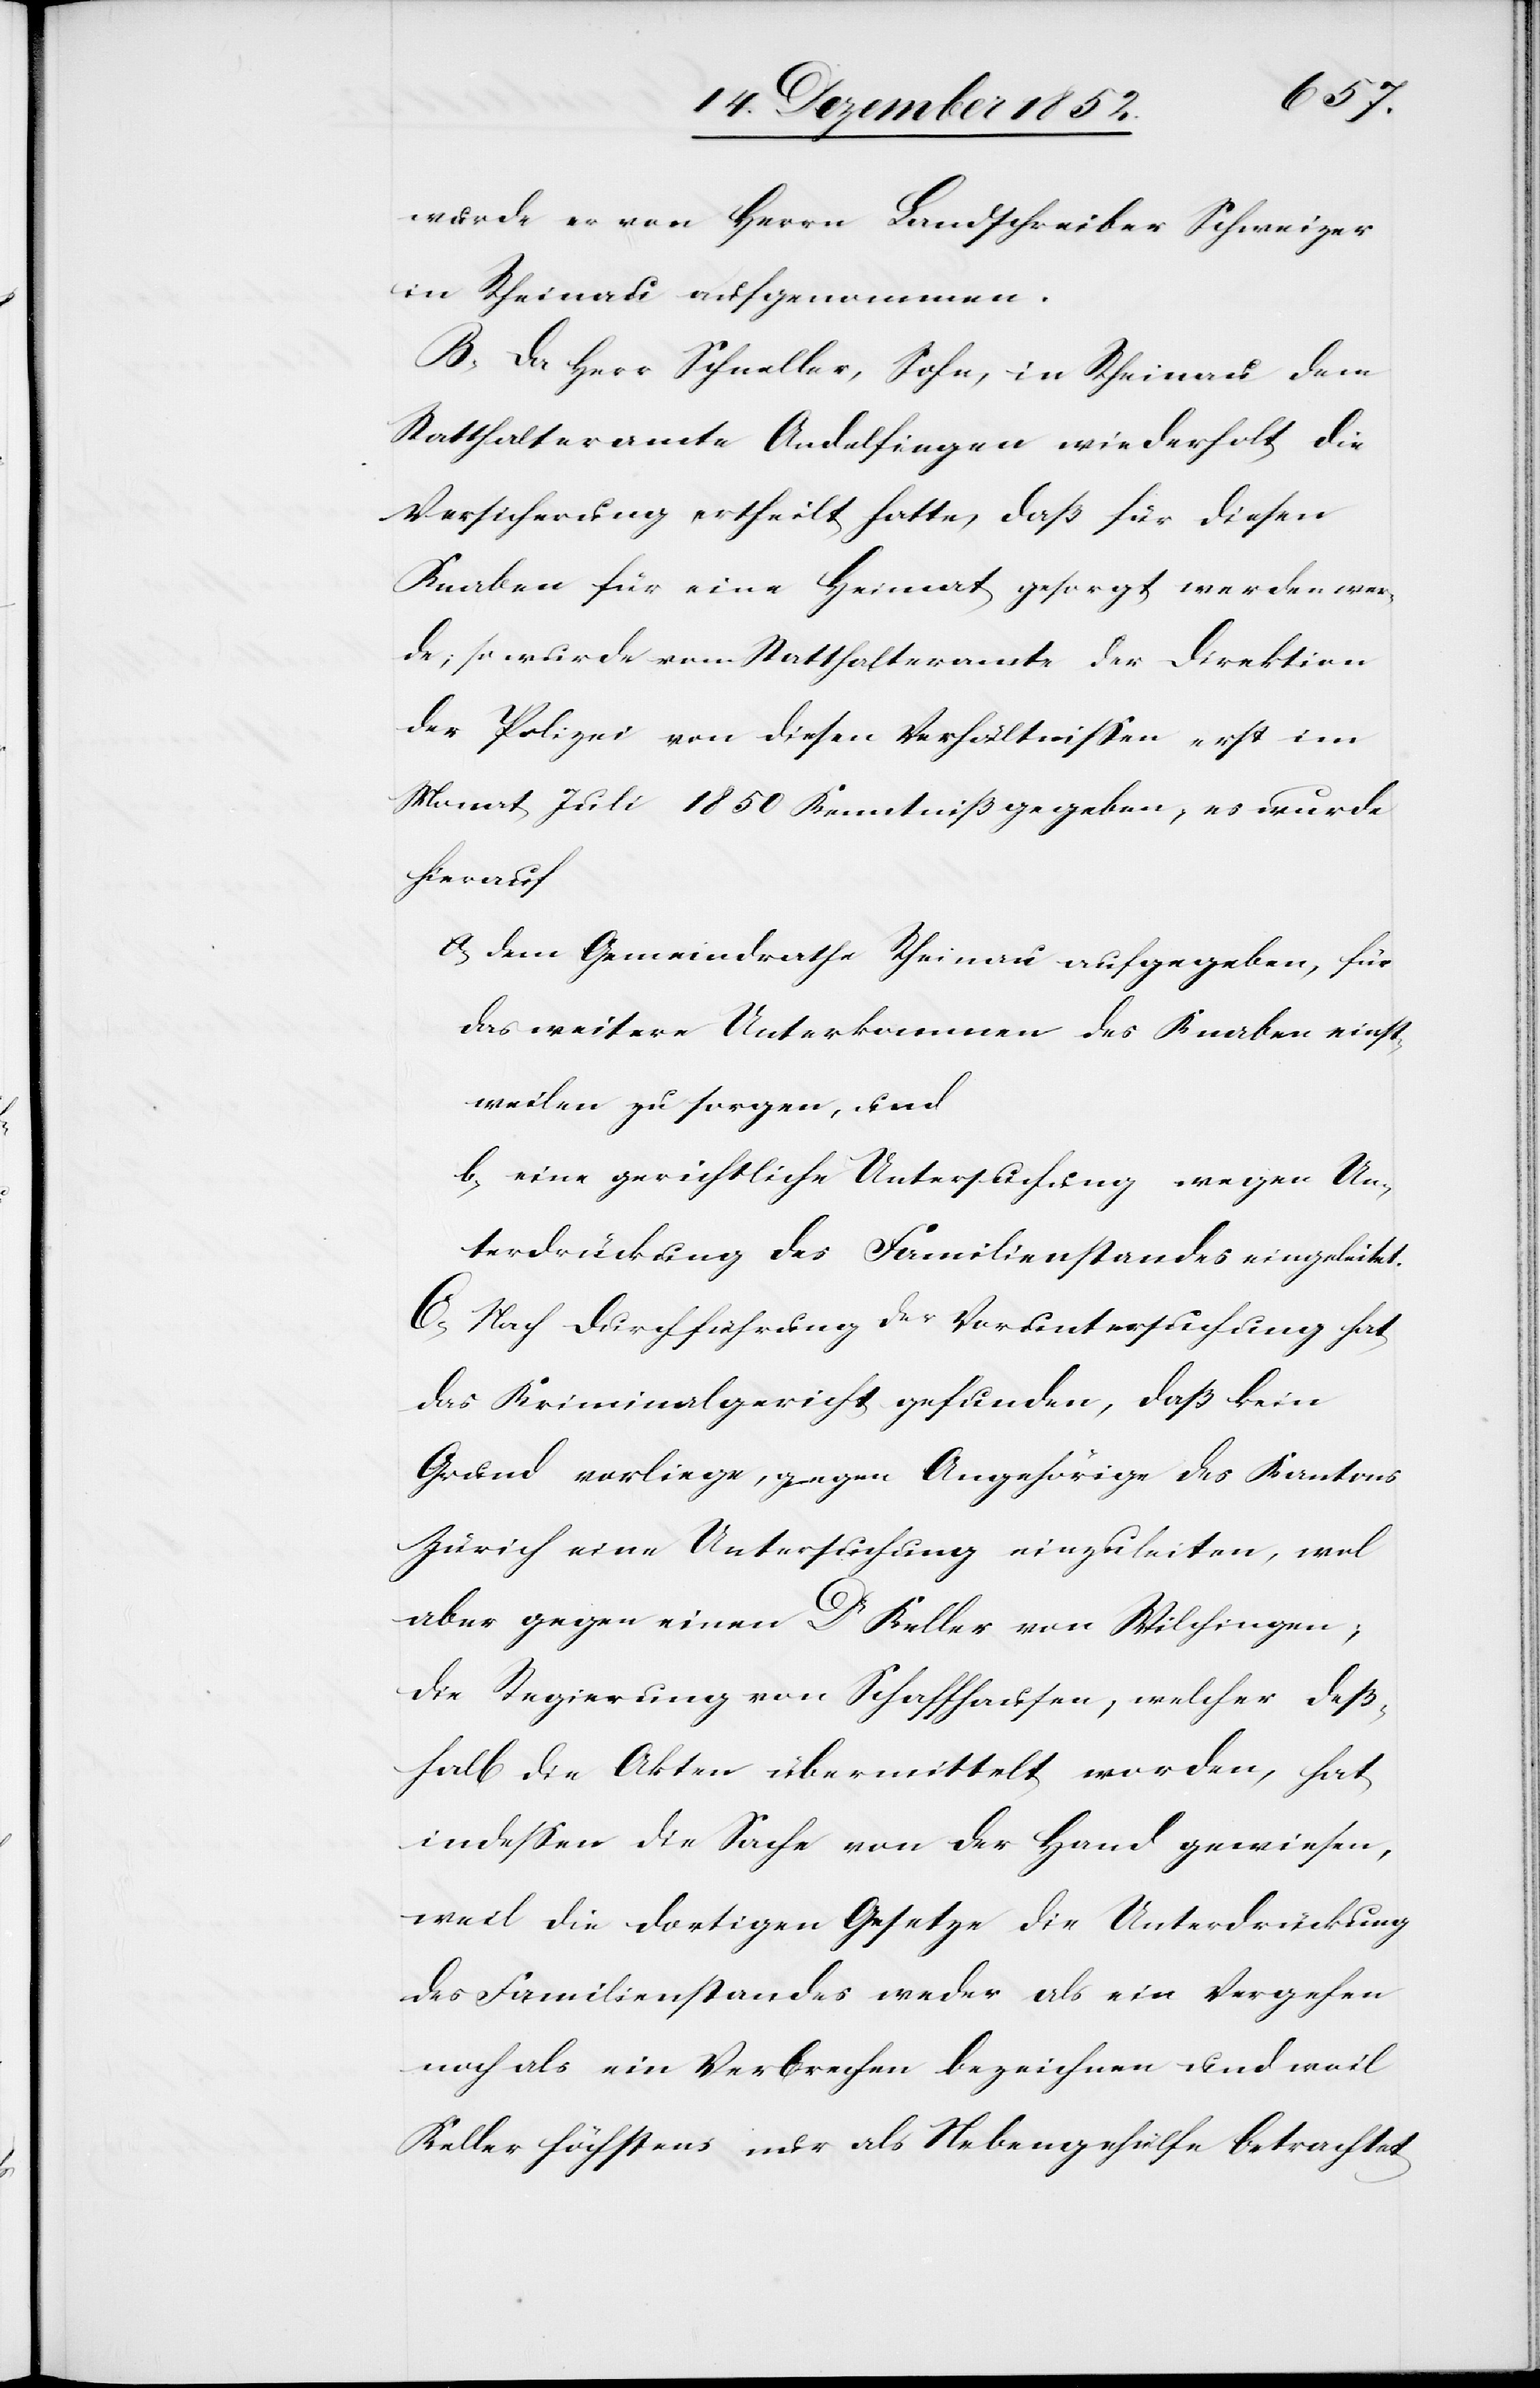
wurde er von Herrn Landschreiber Schweizer
in Rheinau aufgenommen.
B, Da Herr Schneller, Sohn, in Rheinau dem
Statthalteramte Andelfingen wiederholt die
Versicherung ertheilt hatte, daß für diesen
Knaben für eine Heimat gesorgt werden wer¬
de; so wurde vom Statthalteramte der Direktion
der Polizei von diesen Verhältnissen erst im
Monat Juli 1850 Kenntniß gegeben, es wurde
hierauf
dem Gemeindrathe Rheinau aufgegeben, für
das weitere Unterkommen des Knaben einst¬
weilen zu sorgen, und
eine gerichtliche Untersuchung wegen Un¬
terdrückung des Familienstandes eingeleitet.
C, Nach Durchführung der Voruntersuchung hat
das Kriminalgericht gefunden, daß kein
Grund vorliege, gegen Angehörige des Kantons
Zürich eine Untersuchung einzuleiten, wol
aber gegen einen Dr Keller von Wilchingen;
die Regierung von Schaffhausen, welcher deß¬
halb die Akten übermittelt worden, hat
indessen die Sache von der Hand gewiesen,
weil die dortigen Gesetze die Unterdrückung
des Familienstandes weder als ein Vergehen
noch als ein Verbrechen bezeichnen und weil
Keller höchstens nur als Nebengehülfe betrachtet